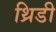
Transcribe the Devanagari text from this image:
थ्रिडी